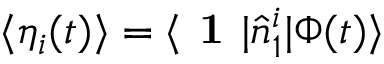
\langle \eta _ { i } ( t ) \rangle = \langle \textbf { 1 } | \hat { n } _ { 1 } ^ { i } | \Phi ( t ) \rangle